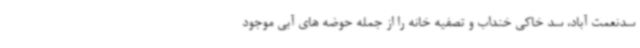
سدنعمت آباد، سد خاکی خنداب و تصفیه خانه را از جمله حوضه های آبی موجود